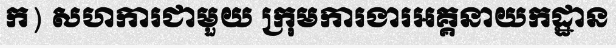
ក) សហការជាមួយ ក្រុមការងារអគ្គនាយកដ្ឋាន